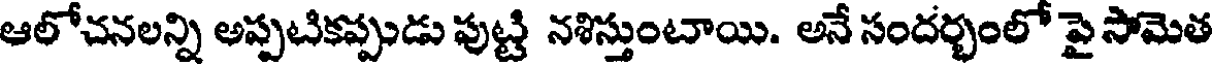
ఆలోచనలన్ని అప్పటికప్పుడు పుట్టి నశిస్తుంటాయి. అనే సందర్భంలో పై సోమెత